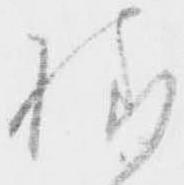
様